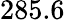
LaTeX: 285.6